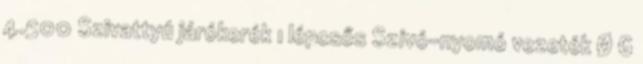
4.500 Szivattyú járókerék 1 lépcsős Szívó-nyomó vezeték Ø G